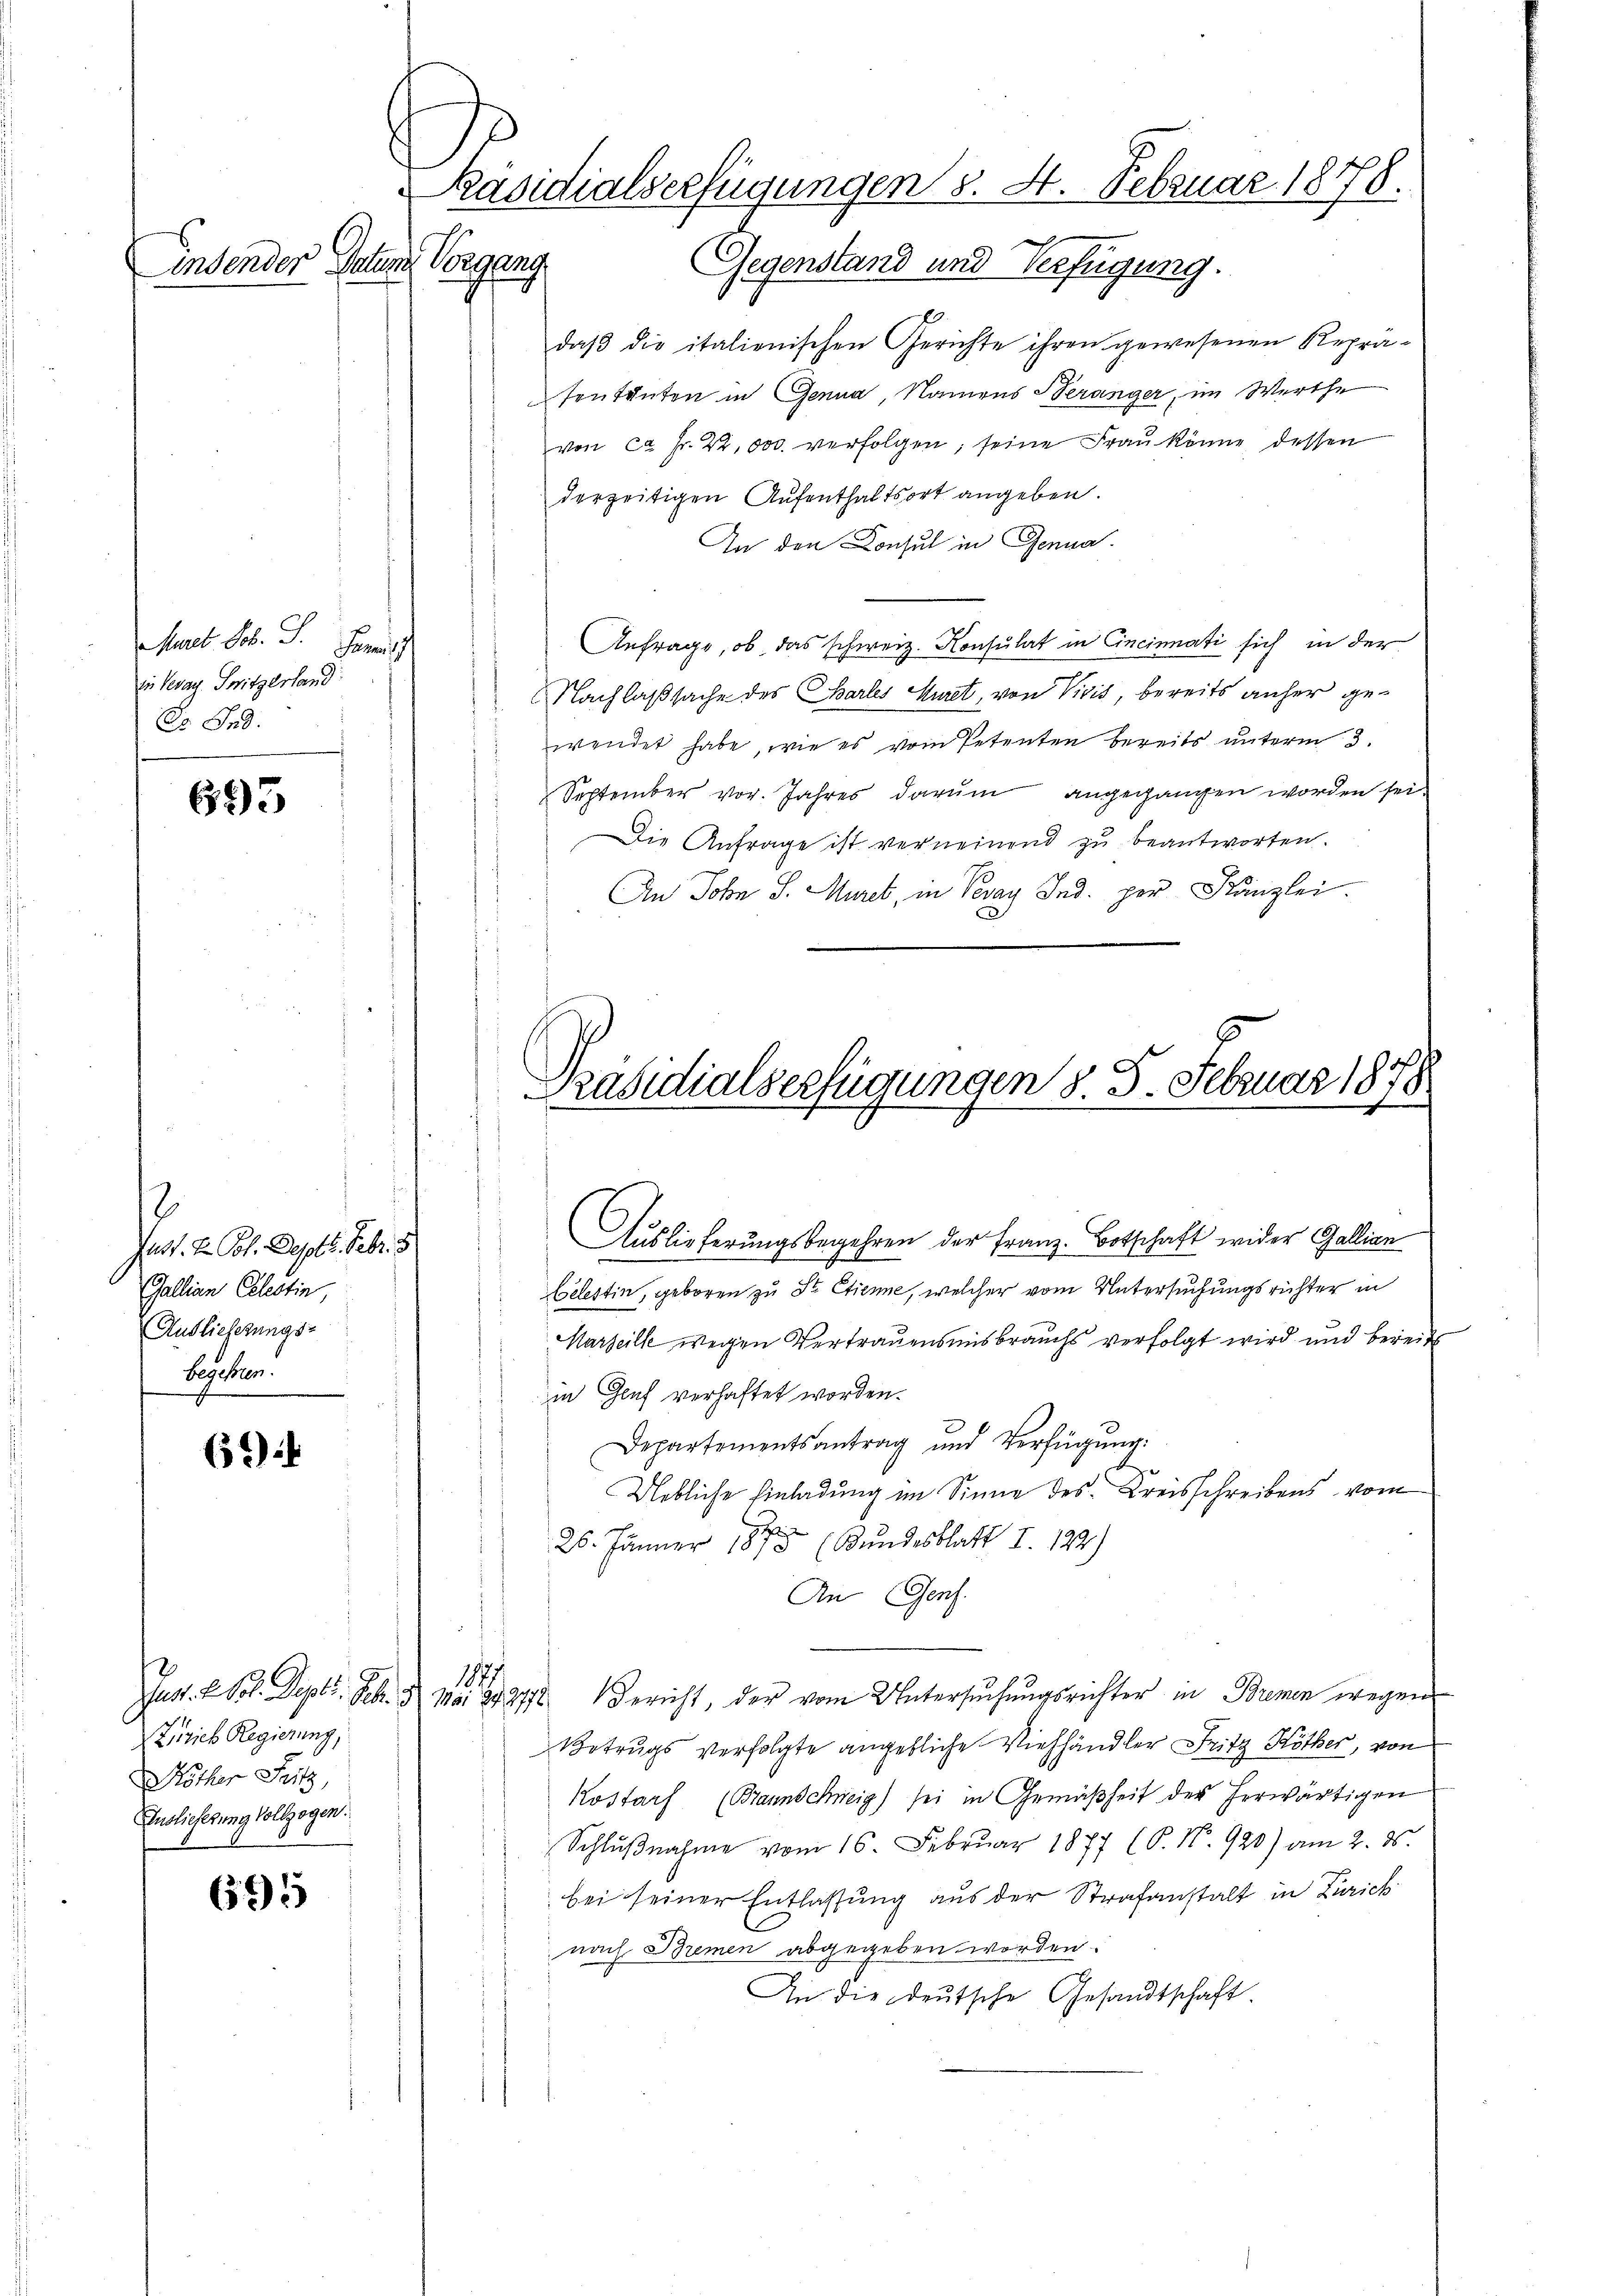
indender Postens

Mal. F. J. Feri
ii Veran Spritzerland
Dr. Frd.

695

.
Juss. Dr. Joh. Septe. Febr. 1
Gallian Celestin,
Auslieferungs-
begehren.

6

Zürich Regierung,
Nöther Fritz,
Auslieferung Vollzogen.

Präsidialverfügungen §. 4. Februar 1878.
Vorgang Gegenstand und Verfügung.

695

daβ die italienischen Gerichte ihren gewesenen Reprä-
Erntenten in Genua, Namens Seranger, im Werthe
von ca Fr. 22,000. verfolgen; seine Frau könne dessen
derzeitigen Aufenthaltsort angeben.
In den Consul in Genua
Anfrage, ob, das schweiz. Konsulat in Cincinati sich in der
Nachlaßsache des Charles Muret, von Vivis, bereits anher gewendet habe, wie es vom Petenten bereits unterm 3.
September vor. Jahres darum angegangen worden sei.
Die Anfrage ist verneinend zu beantworten.
An John S. Murel, in Peray Ind. per Kanzlei.

Präsidialserfügungen §. 5. Februar 1870

Auslieferungsbegehren der Franz Botschaft wider Gallian
Celestin, geboren zu Sr. Etienne, welcher vom Untersuchungsrichter in
Marseille wegen Vertrauensmisbrauchs verfolgt wird und bereits
in Gruf verhaftet worden.
Departementsantrag und Verfügŭng:
Uebliche Einladung im Sinne des Kreisschreibens vom
26. Jänner 1875 (Bundesblatt I. 122)
An Genf.
177
Juss. E. Vol. Dept. Feb. 3. Mai 242772. Bericht, der vom Untersŭchŭngsrichter in Bremen wegen
Betrugs verfolgte angebliche Viehhändler Fritz Köther, von
Kostarf (Braunschneig) sei in Gemäßheit der herwärtigen
Schlŭβnahme vom 16. Februar 1877 (8. No. 920) am 2. ds.
bei seiner Entlassung aus der Strafanstalt in Zürich
nach Bremen abgegeben worden.
An die deŭtsche Gesandtschaft.